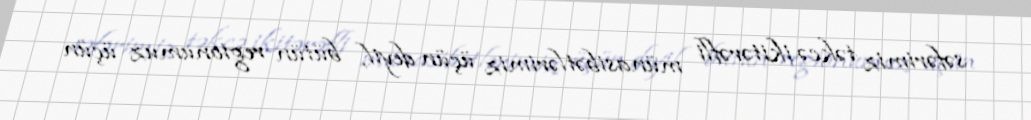
səfərimiz təkcə ikitərəfli münasibətlərimiz üçün deyil, bütün regionumuz üçün